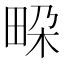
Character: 𭻐